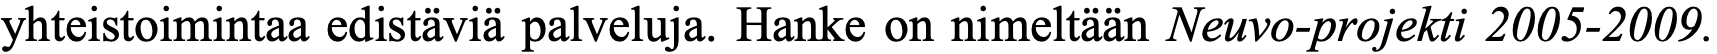
yhteistoimintaa edistäviä palveluja. Hanke on nimeltään Neuvo-projekti 2005-2009.